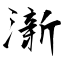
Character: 澵